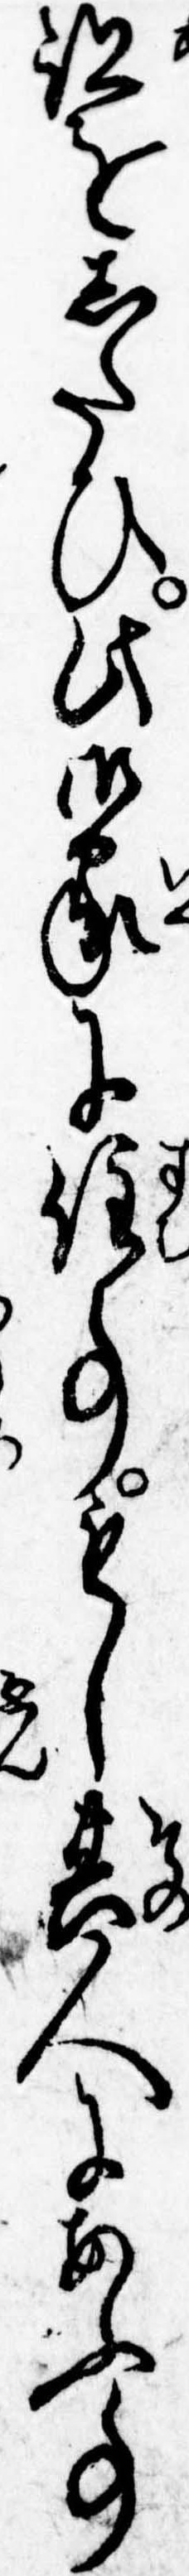
跡をしたひ此御家に住事もし其人にあふ事